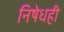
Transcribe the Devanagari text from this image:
निषेधही